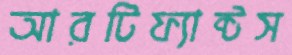
আরটিফ্যাক্টস